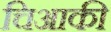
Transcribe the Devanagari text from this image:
चिआकी